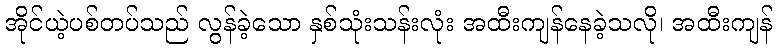
အိုင်ယဲ့ပစ်တပ်သည် လွန်ခဲ့သော နှစ်သုံးသန်းလုံး အထီးကျန်နေခဲ့သလို၊ အထီးကျန်